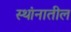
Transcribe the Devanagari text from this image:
स्थांनातील